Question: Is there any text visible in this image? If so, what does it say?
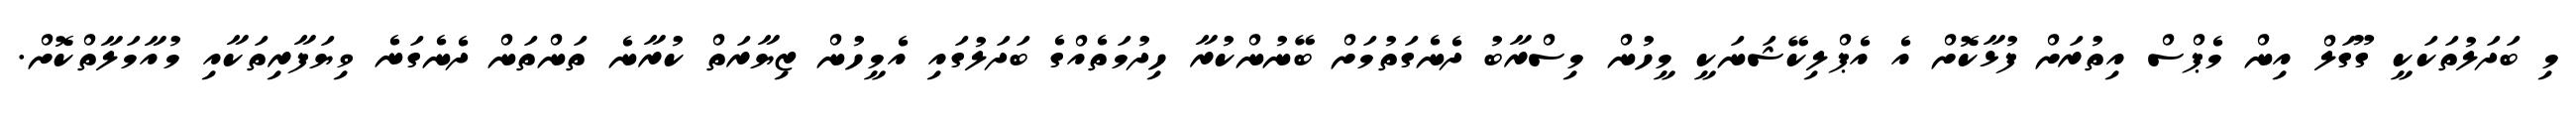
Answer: މި ބަދަލުތަކަކީ ގޫގަލް އިން މެޕްސް އިތުރަށް ފުޅާކޮށް އެ އެޕްލިކޭޝަނަކީ މީހުން މިސްރާބު ދެނެގަތުމަށް ބޭނުންކުރާ ހިދުމަތެއްގެ ބަދަލުގައި އެމީހުން ޒިޔާރަތް ކުރާނެ ތަންތަން ދެނެގަނެ ވިޔަފާރިތަކާއި މުއާމަލާތްކޮށް.